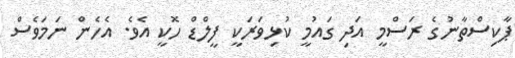
ޕާކިސްތާނުގެ ރަސްމީ އަދި ގައުމީ ކުޅިވަރަކީ ފީލްޑް ހޮކީ އެވެ. އެހެން ނަމަވެސް